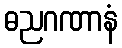
ဓညဂဏာနံ